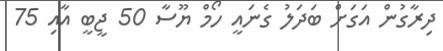
ދިރާގުން އަގަށް ބަދަލު ގެނައީ ހޯމް ޔޫސާ 50 ޖީބީ އާއި 75